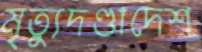
মৃত্যুদণ্ডাদেশ